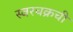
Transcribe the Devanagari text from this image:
स्वरचक्रची